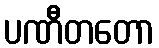
ပဏီတတော